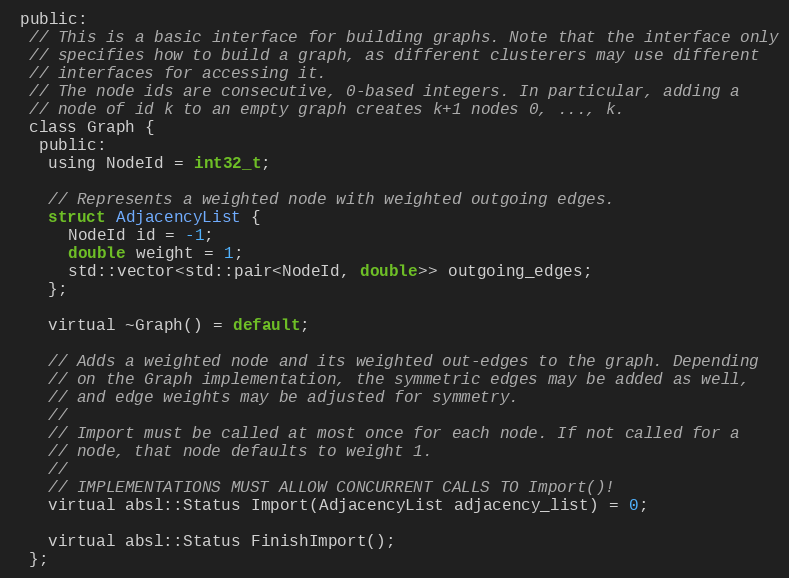
Language: C
 public:
  // This is a basic interface for building graphs. Note that the interface only
  // specifies how to build a graph, as different clusterers may use different
  // interfaces for accessing it.
  // The node ids are consecutive, 0-based integers. In particular, adding a
  // node of id k to an empty graph creates k+1 nodes 0, ..., k.
  class Graph {
   public:
    using NodeId = int32_t;

    // Represents a weighted node with weighted outgoing edges.
    struct AdjacencyList {
      NodeId id = -1;
      double weight = 1;
      std::vector<std::pair<NodeId, double>> outgoing_edges;
    };

    virtual ~Graph() = default;

    // Adds a weighted node and its weighted out-edges to the graph. Depending
    // on the Graph implementation, the symmetric edges may be added as well,
    // and edge weights may be adjusted for symmetry.
    //
    // Import must be called at most once for each node. If not called for a
    // node, that node defaults to weight 1.
    //
    // IMPLEMENTATIONS MUST ALLOW CONCURRENT CALLS TO Import()!
    virtual absl::Status Import(AdjacencyList adjacency_list) = 0;

    virtual absl::Status FinishImport();
  };